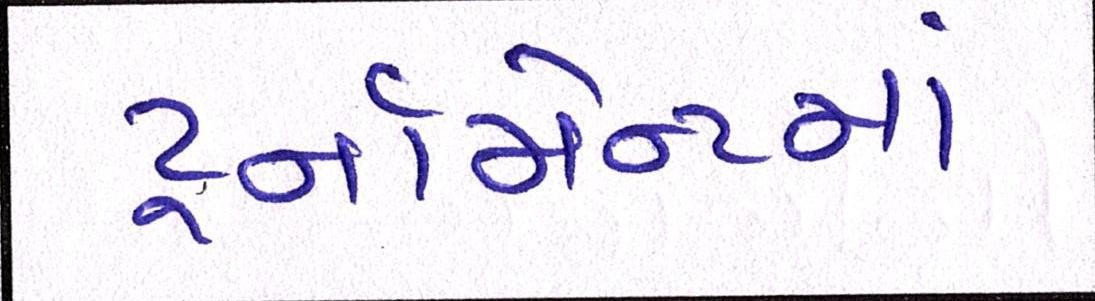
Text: ટૂર્નામેન્ટમાં